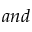
a n d